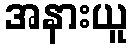
အနားယူ